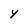
Character: Y